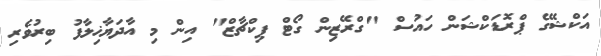
އަކްޝޭގެ ޕްރޮޑަކްޝަން ހައުސް "ގްރޭޒިން ގޯޓް ޕިކްޗާޒް" އިން މި އާދަޔާޚިލާފު ބިރުވެރި